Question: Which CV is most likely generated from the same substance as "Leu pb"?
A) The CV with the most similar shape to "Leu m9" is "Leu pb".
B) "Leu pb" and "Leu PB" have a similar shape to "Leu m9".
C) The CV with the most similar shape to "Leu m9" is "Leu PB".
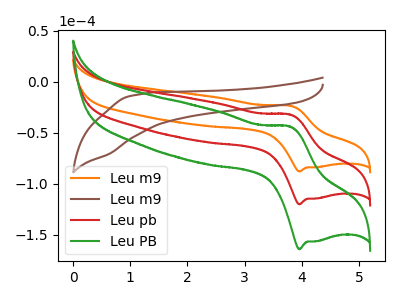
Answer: <think>The orange curve "Leu m9" has an anodic peak at (3.80V, -23.65uA) and a cathodic peak at (3.95V, -87.95uA). The brown curve "Leu m9" has no peaks. The red curve "Leu pb" has an anodic peak at (3.80V, -32.30uA) and a cathodic peak at (3.95V, -120.15uA). The green curve "Leu PB" has an anodic peak at (3.80V, -64.65uA) and a cathodic peak at (3.95V, -240.30uA).
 "Leu m9" and "Leu m9" have a different number of peaks. All the peaks in "Leu m9" have a peak in "Leu pb" at the same potential. All the peaks in "Leu m9" have a peak in "Leu PB" at the same potential. "Leu m9" and "Leu pb" have a different number of peaks. "Leu m9" and "Leu PB" have a different number of peaks. All the peaks in "Leu pb" have a peak in "Leu PB" at the same potential.</think>
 <answer>B) "Leu pb" and "Leu PB" have a similar shape to "Leu m9".</answer>
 <eval>B</eval>